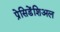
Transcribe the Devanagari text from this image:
प्रेसिडेंशिअल